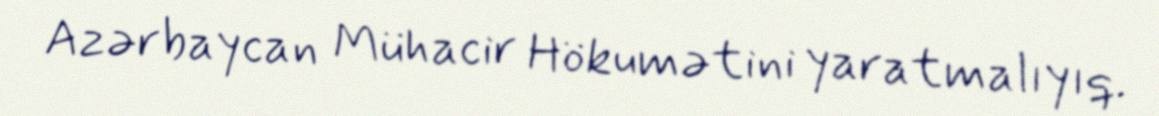
Azərbaycan Mühacir Hökumətini yaratmalıyıq.